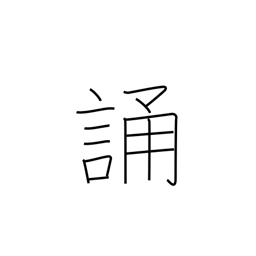
Meaning: recite